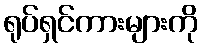
ရုပ်ရှင်ကားများကို